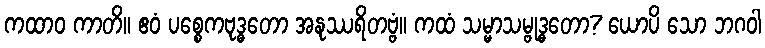
ကထာဝ ကာတိ။ ဧဝံ ပစ္စေကဗုဒ္ဓတော အနုဿရိတဗ္ဗံ။ ကထံ သမ္မာသမ္ဗုဒ္ဓတော? ယောပိ သော ဘဂဝါ